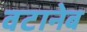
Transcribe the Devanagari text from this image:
वटानेब